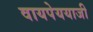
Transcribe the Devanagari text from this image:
वायपेययाजी